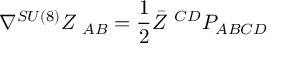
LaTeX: \nabla ^ { S U ( 8 ) } Z _ { \ A B } = { \frac { 1 } { 2 } } \bar { Z } ^ { \ C D } P _ { A B C D }